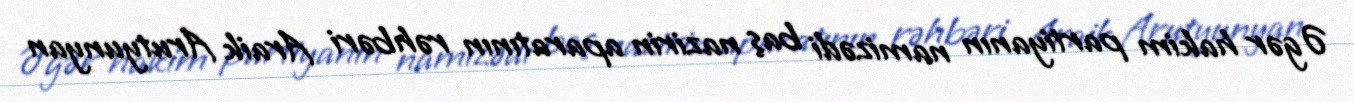
Əgər hakim partiyanın namizədi baş nazirin aparatının rəhbəri Araik Arutyunyan